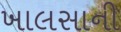
ખાલસાની